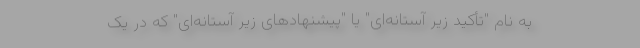
به نام "تأکید زیر آستانه‌ای" یا "پیشنهادهای زیر آستانه‌ای" که در یک